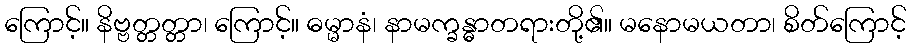
ကြောင့်။ နိဗ္ဗတ္တတ္တာ၊ ကြောင့်။ ဓမ္မာနံ၊ နာမက္ခန္ဓာတရားတို့၏။ မနောမယတာ၊ စိတ်ကြောင့်